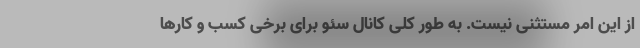
از این امر مستثنی نیست. به طور کلی کانال سئو برای برخی کسب و کارها